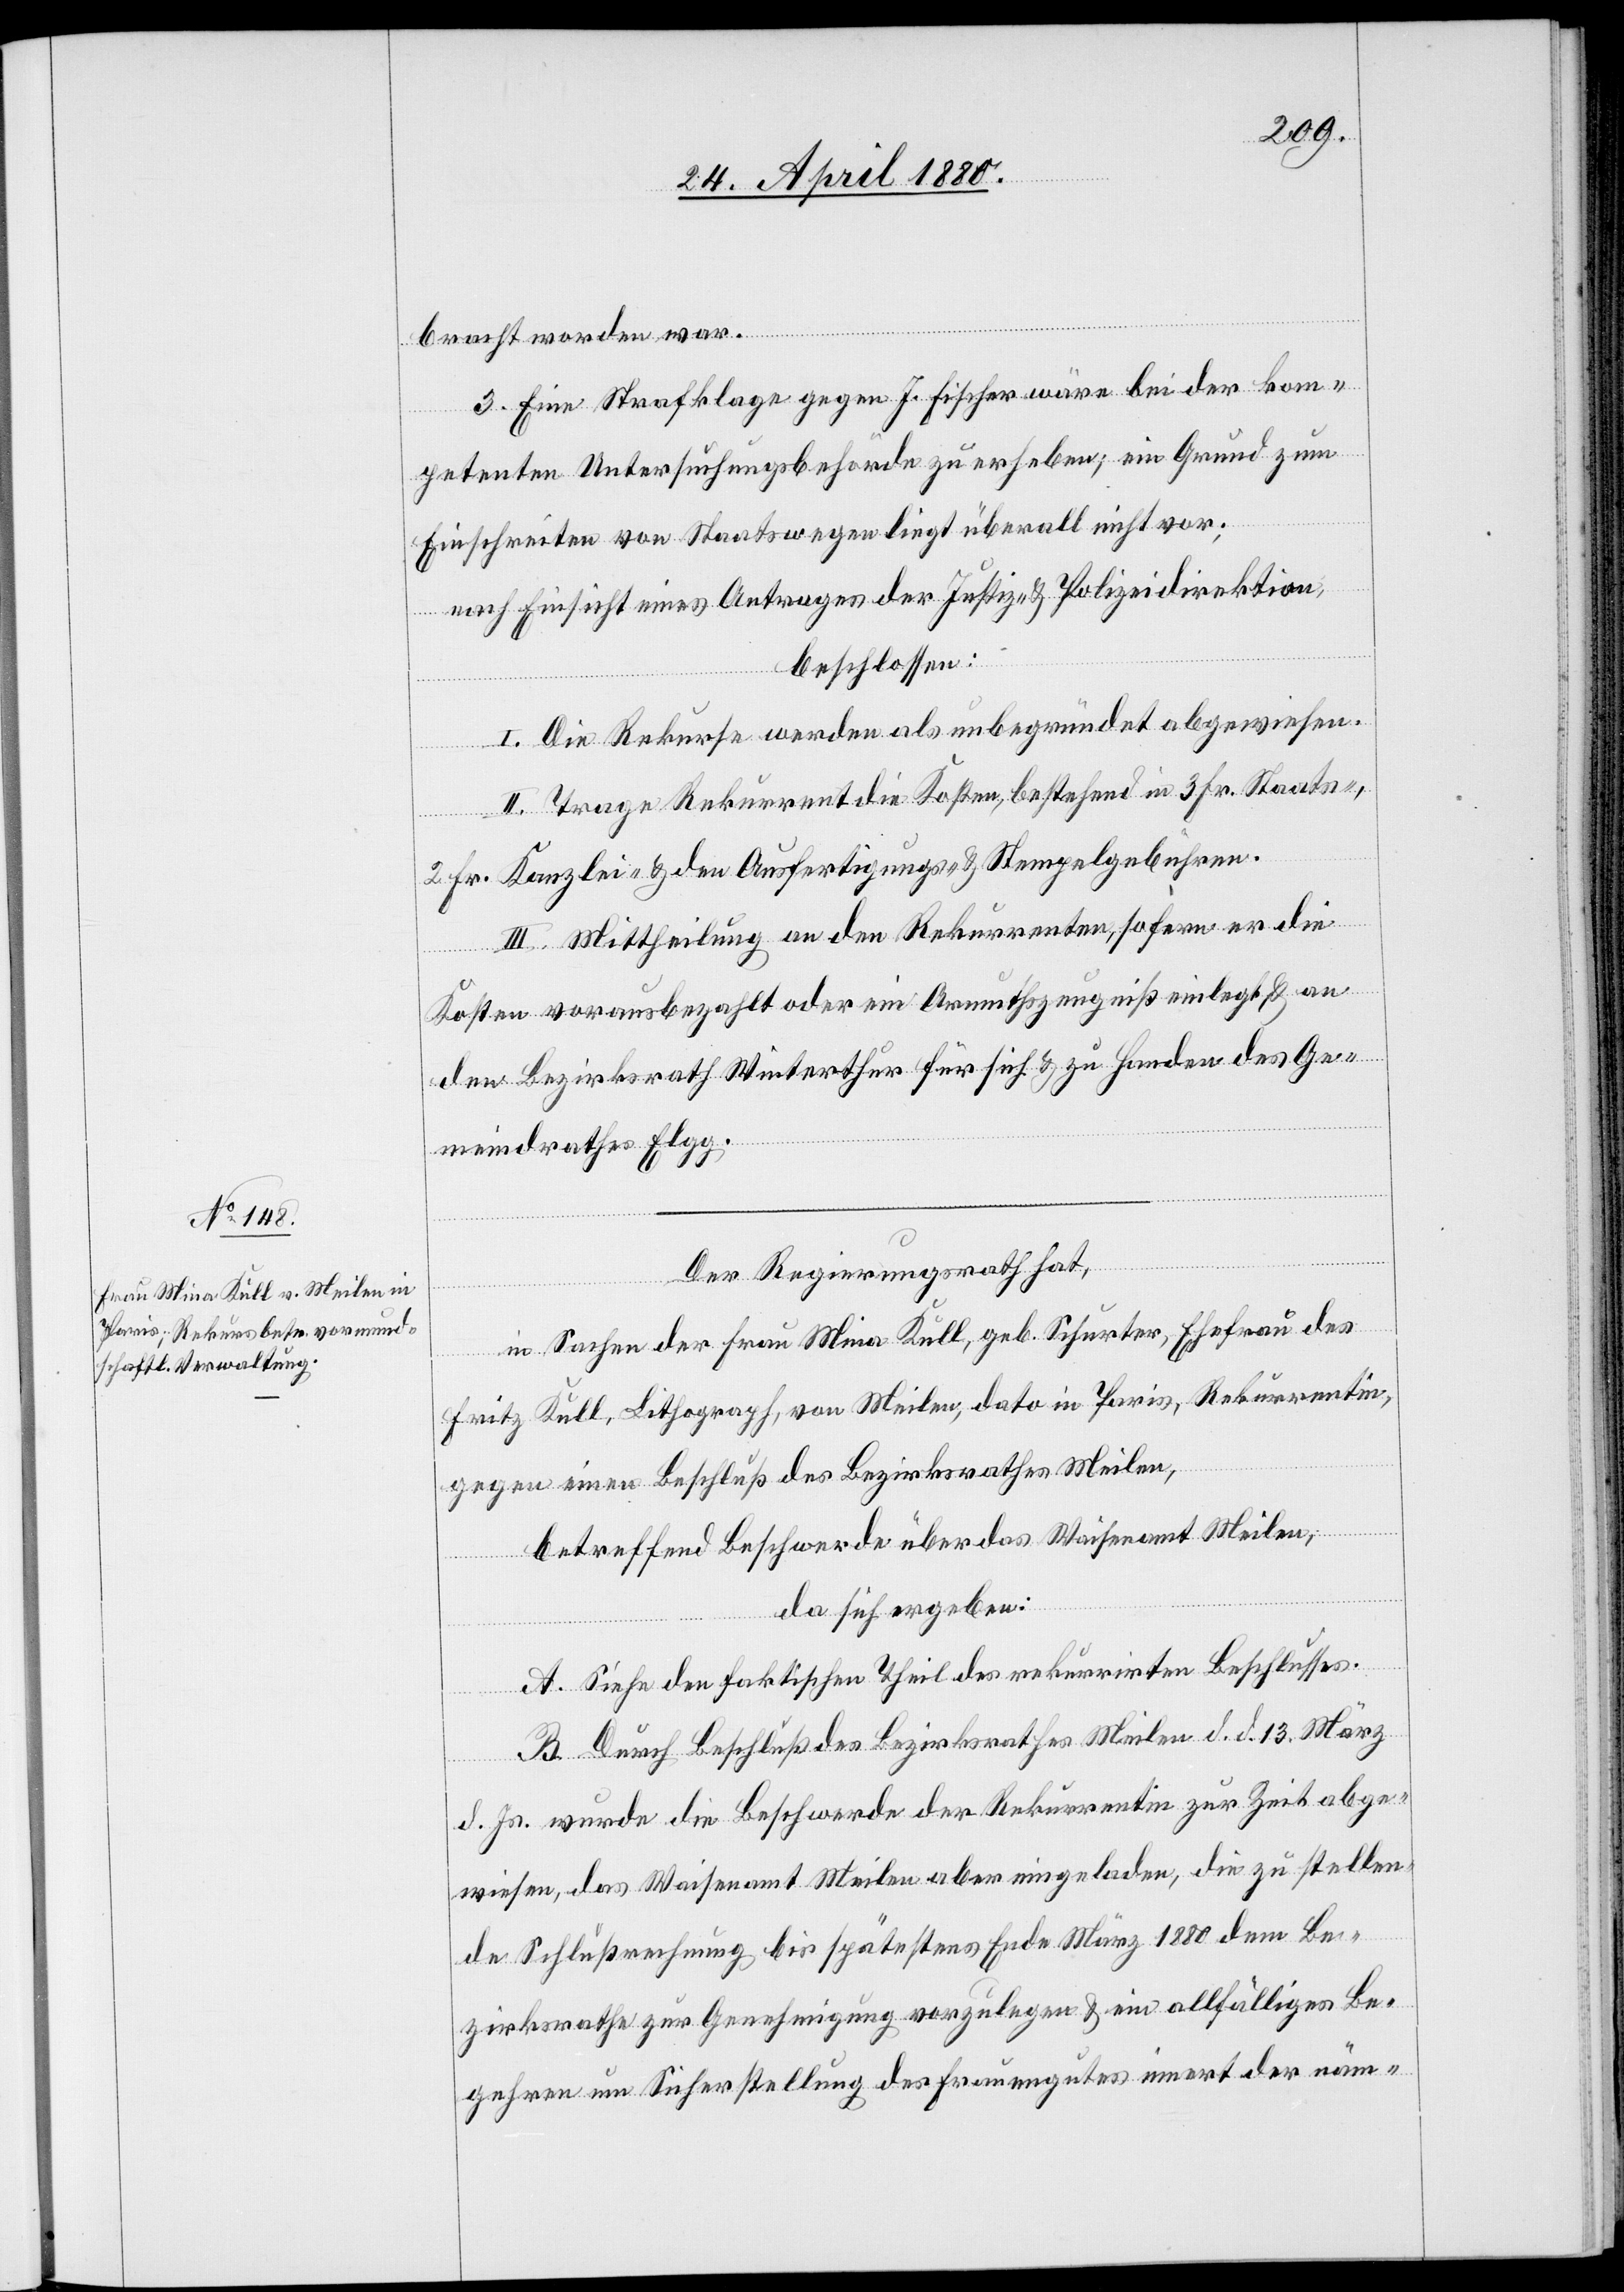
bracht worden war.
3. Eine Strafklage gegen J. Fischer wäre bei der kom¬
petenten Untersuchungsbehörde zu erheben; ein Grund zum
Einschreiten von Staatswegen liegt überall nicht vor;
nach Einsicht eines Antrages der Justiz- & Polizeidirektion,
beschlossen:
I. Die Rekurse werden als unbegründet abgewiesen.
II. Trage Rekurrent die Kosten, bestehend in 3 Fr. Staats-,
2 Fr. Kanzlei- & den Ausfertigungs- & Stempelgebühren.
III. Mittheilung an den Rekurrenten, sofern er die
Kosten vorausbezahlt oder ein Armuthszeugniß einlegt & an
den Bezirksrath Winterthur für sich & zu Handen des Ge¬
meindrathes Elgg.
Der Regierungsrath hat,
in Sachen der Frau Mina Kull, geb. Schurter, Ehefrau des
Fritz Kull, Lithograph, von Meilen, dato in Paris, Rekurrentin
gegen einen Beschluß des Bezirksrathes Meilen,
betreffend Beschwerde über das Waisenamt Meilen,
da sich ergeben:
A. Siehe den faktischen Theil des rekurrirten Beschlusses.
B. Durch Beschluß des Bezirksrathes Meilen d. d. 13. März
d. Js. wurde die Beschwerde der Rekurrentin zur Zeit abge¬
wiesen, das Waisenamt Meilen aber eingeladen, die zu stellen¬
de Schlußrechnung bis spätestens Ende März 1880 dem Be¬
zirksrathe zur Genehmigung vorzulegen & ein allfälliges Be¬
gehren um Sicherstellung des Frauengutes innert der näm-